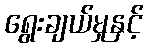
ရွေးချယ်မှုနှင့်